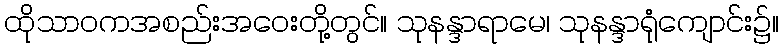
ထိုသာဝကအစည်းအဝေးတို့တွင်။ သုနန္ဒာရာမေ၊ သုနန္ဒာရုံကျောင်း၌။